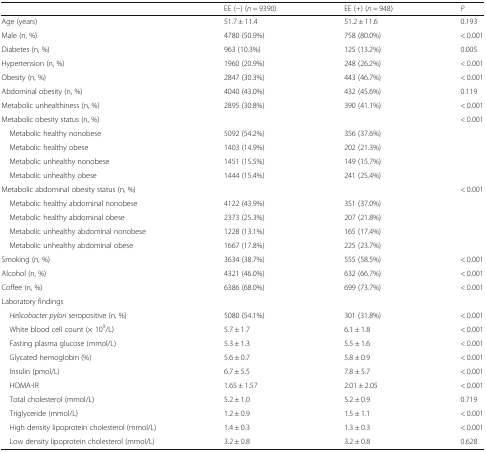
<table><thead><tr><td></td><td><b>EE (−) (<i>n</i> = 9390)</b></td><td><b>EE (+) (<i>n</i> = 948)</b></td><td><b><i>P</i></b></td></tr></thead><tbody><tr><td>Age (years)</td><td>51.7 ± 11.4</td><td>51.2 ± 11.6</td><td>0.193</td></tr><tr><td>Male (n, %)</td><td>4780 (50.9%)</td><td>758 (80.0%)</td><td>&lt; 0.001</td></tr><tr><td>Diabetes (n, %)</td><td>963 (10.3%)</td><td>125 (13.2%)</td><td>0.005</td></tr><tr><td>Hypertension (n, %)</td><td>1960 (20.9%)</td><td>248 (26.2%)</td><td>&lt; 0.001</td></tr><tr><td>Obesity (n, %)</td><td>2847 (30.3%)</td><td>443 (46.7%)</td><td>&lt; 0.001</td></tr><tr><td>Abdominal obesity (n, %)</td><td>4040 (43.0%)</td><td>432 (45.6%)</td><td>0.119</td></tr><tr><td>Metabolic unhealthiness (n, %)</td><td>2895 (30.8%)</td><td>390 (41.1%)</td><td>&lt; 0.001</td></tr><tr><td>Metabolic obesity status (n, %)</td><td></td><td></td><td>&lt; 0.001</td></tr><tr><td> Metabolic healthy nonobese</td><td>5092 (54.2%)</td><td>356 (37.6%)</td><td rowspan="4"></td></tr><tr><td> Metabolic healthy obese</td><td>1403 (14.9%)</td><td>202 (21.3%)</td></tr><tr><td> Metabolic unhealthy nonobese</td><td>1451 (15.5%)</td><td>149 (15.7%)</td></tr><tr><td> Metabolic unhealthy obese</td><td>1444 (15.4%)</td><td>241 (25.4%)</td></tr><tr><td>Metabolic abdominal obesity status (n, %)</td><td></td><td></td><td>&lt; 0.001</td></tr><tr><td> Metabolic healthy abdominal nonobese</td><td>4122 (43.9%)</td><td>351 (37.0%)</td><td rowspan="4"></td></tr><tr><td> Metabolic healthy abdominal obese</td><td>2373 (25.3%)</td><td>207 (21.8%)</td></tr><tr><td> Metabolic unhealthy abdominal nonobese</td><td>1228 (13.1%)</td><td>165 (17.4%)</td></tr><tr><td> Metabolic unhealthy abdominal obese</td><td>1667 (17.8%)</td><td>225 (23.7%)</td></tr><tr><td>Smoking (n, %)</td><td>3634 (38.7%)</td><td>555 (58.5%)</td><td>&lt; 0.001</td></tr><tr><td>Alcohol (n, %)</td><td>4321 (46.0%)</td><td>632 (66.7%)</td><td>&lt; 0.001</td></tr><tr><td>Coffee (n, %)</td><td>6386 (68.0%)</td><td>699 (73.7%)</td><td>&lt; 0.001</td></tr><tr><td colspan="4">Laboratory findings</td></tr><tr><td> <i>Helicobacter pylori</i> seropositive (n, %)</td><td>5080 (54.1%)</td><td>301 (31.8%)</td><td>&lt; 0.001</td></tr><tr><td> White blood cell count (× 10<sup>9</sup>/L)</td><td>5.7 ± 1.7</td><td>6.1 ± 1.8</td><td>&lt; 0.001</td></tr><tr><td> Fasting plasma glucose (mmol/L)</td><td>5.3 ± 1.3</td><td>5.5 ± 1.6</td><td>&lt; 0.001</td></tr><tr><td> Glycated hemoglobin (%)</td><td>5.6 ± 0.7</td><td>5.8 ± 0.9</td><td>&lt; 0.001</td></tr><tr><td> Insulin (pmol/L)</td><td>6.7 ± 5.5</td><td>7.8 ± 5.7</td><td>&lt; 0.001</td></tr><tr><td> HOMA-IR</td><td>1.65 ± 1.57</td><td>2.01 ± 2.05</td><td>&lt; 0.001</td></tr><tr><td> Total cholesterol (mmol/L)</td><td>5.2 ± 1.0</td><td>5.2 ± 0.9</td><td>0.719</td></tr><tr><td> Triglyceride (mmol/L)</td><td>1.2 ± 0.9</td><td>1.5 ± 1.1</td><td>&lt; 0.001</td></tr><tr><td> High density lipoprotein cholesterol (mmol/L)</td><td>1.4 ± 0.3</td><td>1.3 ± 0.3</td><td>&lt; 0.001</td></tr><tr><td> Low density lipoprotein cholesterol (mmol/L)</td><td>3.2 ± 0.8</td><td>3.2 ± 0.8</td><td>0.628</td></tr></tbody></table>